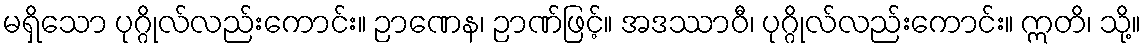
မရှိသော ပုဂ္ဂိုလ်လည်းကောင်း။ ဉာဏေန၊ ဉာဏ်ဖြင့်။ အဒဿာဝီ၊ ပုဂ္ဂိုလ်လည်းကောင်း။ ဣတိ၊ သို့။